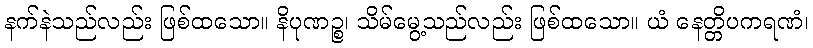
နက်နဲသည်လည်း ဖြစ်ထသော။ နိပုဏဉ္စ၊ သိမ်မွေ့သည်လည်း ဖြစ်ထသော။ ယံ နေတ္တိပကရဏံ၊